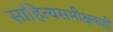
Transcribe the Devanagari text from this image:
साहित्यसमीक्षकही